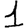
Digit: 1